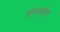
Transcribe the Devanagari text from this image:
नारुएमोल